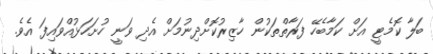
ބަލާ ކޮމެޓީ އަށް ކަމާބެހޭ ފަރާތްތަކުން ހާޒިރުކޮށްދިނުމަށް އެދި ވަނީ ހުށަހަޅުއްވައިފަ އެވެ.